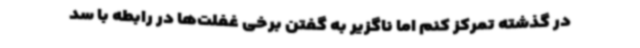
در گذشته تمرکز کنم اما ناگزیر به گفتن برخی غفلت‌ها در رابطه با سد